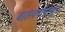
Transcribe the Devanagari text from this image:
बालवर्गापासून